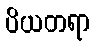
ပိယတရာ